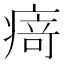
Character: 𭼝